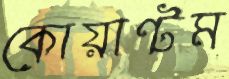
কোয়ান্টম